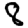
Digit: 8